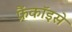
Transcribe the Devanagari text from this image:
फ्रैंकॉइसे